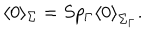
\langle 0 \rangle _ { \Sigma } = S p _ { \Gamma } { \langle 0 \rangle } _ { \Sigma _ { \Gamma } } .